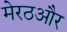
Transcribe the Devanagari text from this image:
मेरठऔर